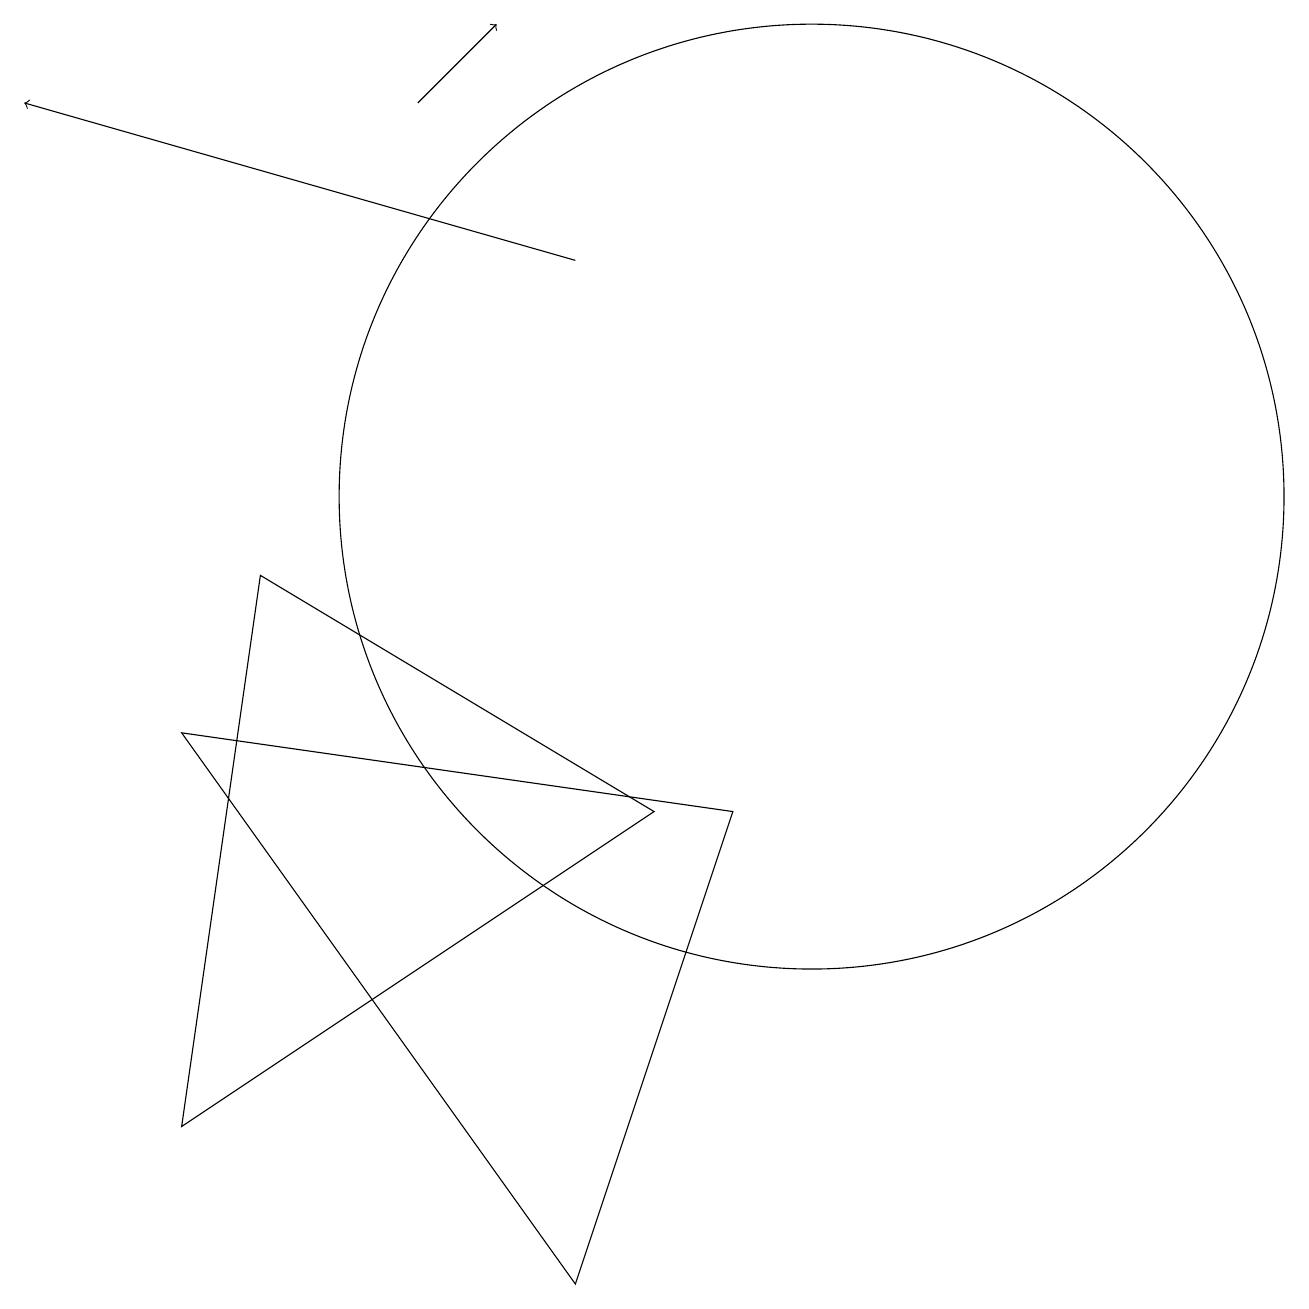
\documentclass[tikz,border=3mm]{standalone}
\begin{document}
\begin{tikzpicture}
\draw[->] (5,15) -- (6,16);
\draw (7,0) -- (2,7) -- (9,6) -- cycle;
\draw (10,10) circle (6);
\draw (3,9) -- (2,2) -- (8,6) -- cycle;
\draw[->] (7,13) -- (0,15);
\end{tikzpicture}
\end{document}